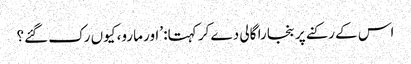
اس کے رکنے پر بنجارا گالی دے کر کہتا: ’اور مارو، کیوں رک گئے؟